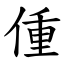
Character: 偅